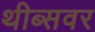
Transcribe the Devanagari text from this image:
थीब्सवर